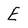
Character: E